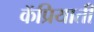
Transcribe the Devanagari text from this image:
कॅप्रियाती